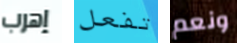
إهرب تفعل ونعم